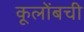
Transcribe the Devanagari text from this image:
कूलोंबची